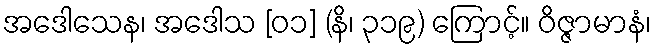
အဒေါသေန၊ အဒေါသ [၀၁] (နိ၊ ၃၁၉) ကြောင့်။ ဝိဇ္ဇာမာနံ၊